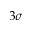
3 \sigma